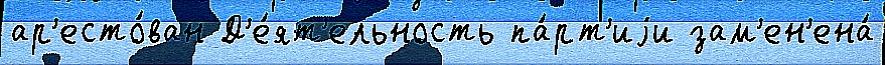
ар'есто́ван Д'е́ят'ельность па́рт'иjи зам'ен'ена́